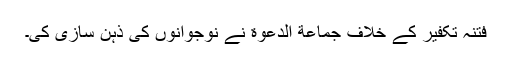
فتنہ تکفیر کے خلاف جماعة الدعوة نے نوجوانوں کی ذہن سازی کی۔